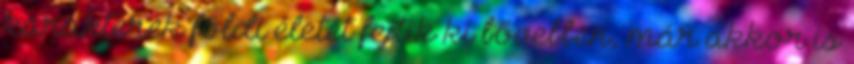
karakterek földi életét fejtik ki bővebben, már akkor is